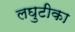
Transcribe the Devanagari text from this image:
लघुटीका